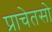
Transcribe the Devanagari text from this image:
प्राचेतसो